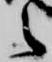
之